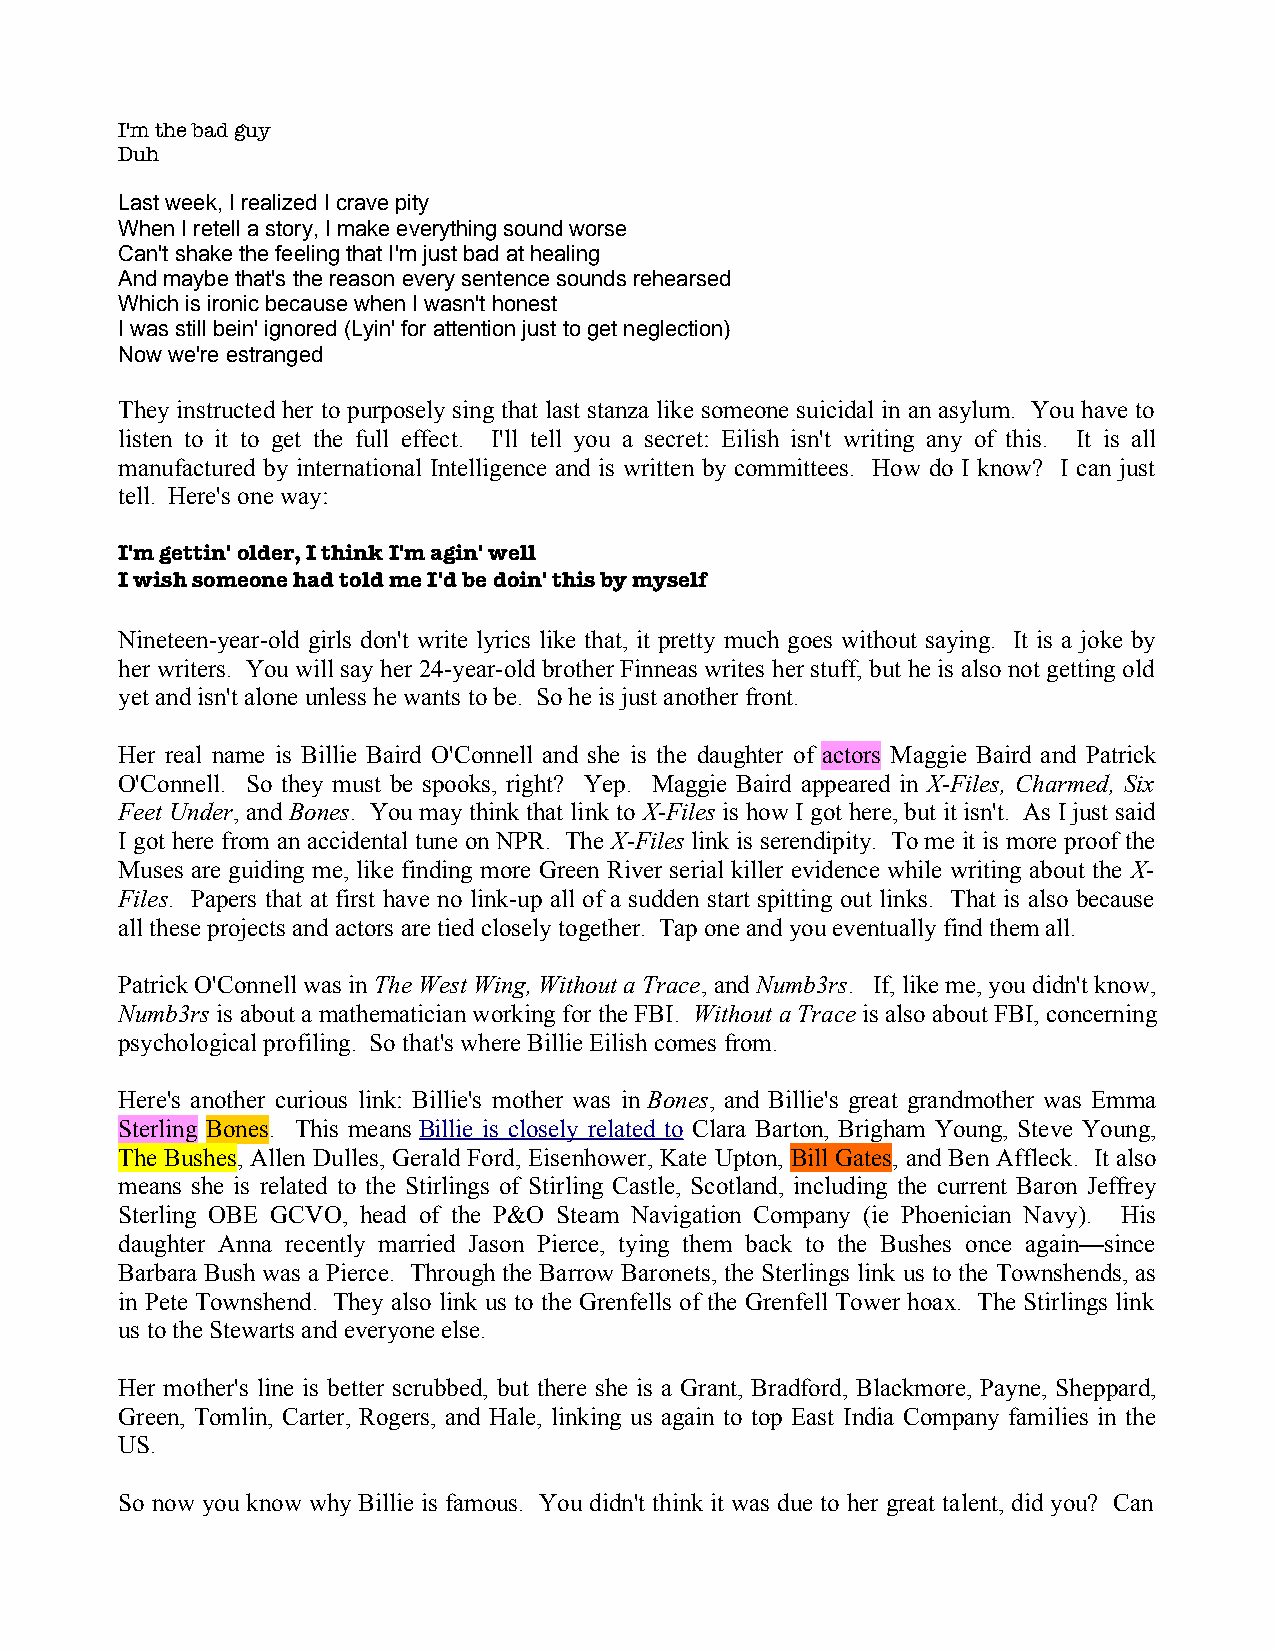
I'm the bad guy
 Duh
 Last week, I realized I crave pity
 When I retell a story, I make everything sound worse
 Can't shake the feeling that I'm just bad at healing
 And maybe that's the reason every sentence sounds rehearsed
 Which is ironic because when I wasn't honest
 I was still bein' ignored (Lyin' for attention just to get neglection)
 Now we're estranged
 They instructed her to purposely sing that last stanza like someone suicidal in an asylum. You have to
 listen to it to get the full effect. I'll tell you a secret: Eilish isn't writing any of this. It is all
 manufactured by international Intelligence and is written by committees. How do I know? I can just
 tell. Here's one way:
 I'm gettin' older, I think I'm agin' well
 I wish someone had told me I'd be doin' this by myself
 Nineteen-year-old girls don't write lyrics like that, it pretty much goes without saying. It is a joke by
 her writers. You will say her 24-year-old brother Finneas writes her stuff, but he is also not getting old
 yet and isn't alone unless he wants to be. So he is just another front.
 Her real name is Billie Baird O'Connell and she is the daughter of actors Maggie Baird and Patrick
 O'Connell. So they must be spooks, right? Yep. Maggie Baird appeared in X-Files, Charmed, Six
 Feet Under, and Bones. You may think that link to X-Files is how I got here, but it isn't. As I just said
 I got here from an accidental tune on NPR. The X-Files link is serendipity. To me it is more proof the
 Muses are guiding me, like finding more Green River serial killer evidence while writing about the X-
 Files. Papers that at first have no link-up all of a sudden start spitting out links. That is also because
 all these projects and actors are tied closely together. Tap one and you eventually find them all.
 Patrick O'Connell was in The West Wing, Without a Trace, and Numb3rs. If, like me, you didn't know,
 Numb3rs is about a mathematician working for the FBI. Without a Trace is also about FBI, concerning
 psychological profiling. So that's where Billie Eilish comes from.
 Here's another curious link: Billie's mother was in Bones, and Billie's great grandmother was Emma
 Sterling Bones. This means Billie is closely related to Clara Barton, Brigham Young, Steve Young,
 The Bushes, Allen Dulles, Gerald Ford, Eisenhower, Kate Upton, Bill Gates, and Ben Affleck. It also
 means she is related to the Stirlings of Stirling Castle, Scotland, including the current Baron Jeffrey
 Sterling OBE GCVO, head of the P&O Steam Navigation Company (ie Phoenician Navy). His
 daughter Anna recently married Jason Pierce, tying them back to the Bushes once again—since
 Barbara Bush was a Pierce. Through the Barrow Baronets, the Sterlings link us to the Townshends, as
 in Pete Townshend. They also link us to the Grenfells of the Grenfell Tower hoax. The Stirlings link
 us to the Stewarts and everyone else.
 Her mother's line is better scrubbed, but there she is a Grant, Bradford, Blackmore, Payne, Sheppard,
 Green, Tomlin, Carter, Rogers, and Hale, linking us again to top East India Company families in the
 US.
 So now you know why Billie is famous. You didn't think it was due to her great talent, did you? Can